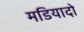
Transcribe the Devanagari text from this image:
मडियादो